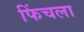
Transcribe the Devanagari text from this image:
फिंचला